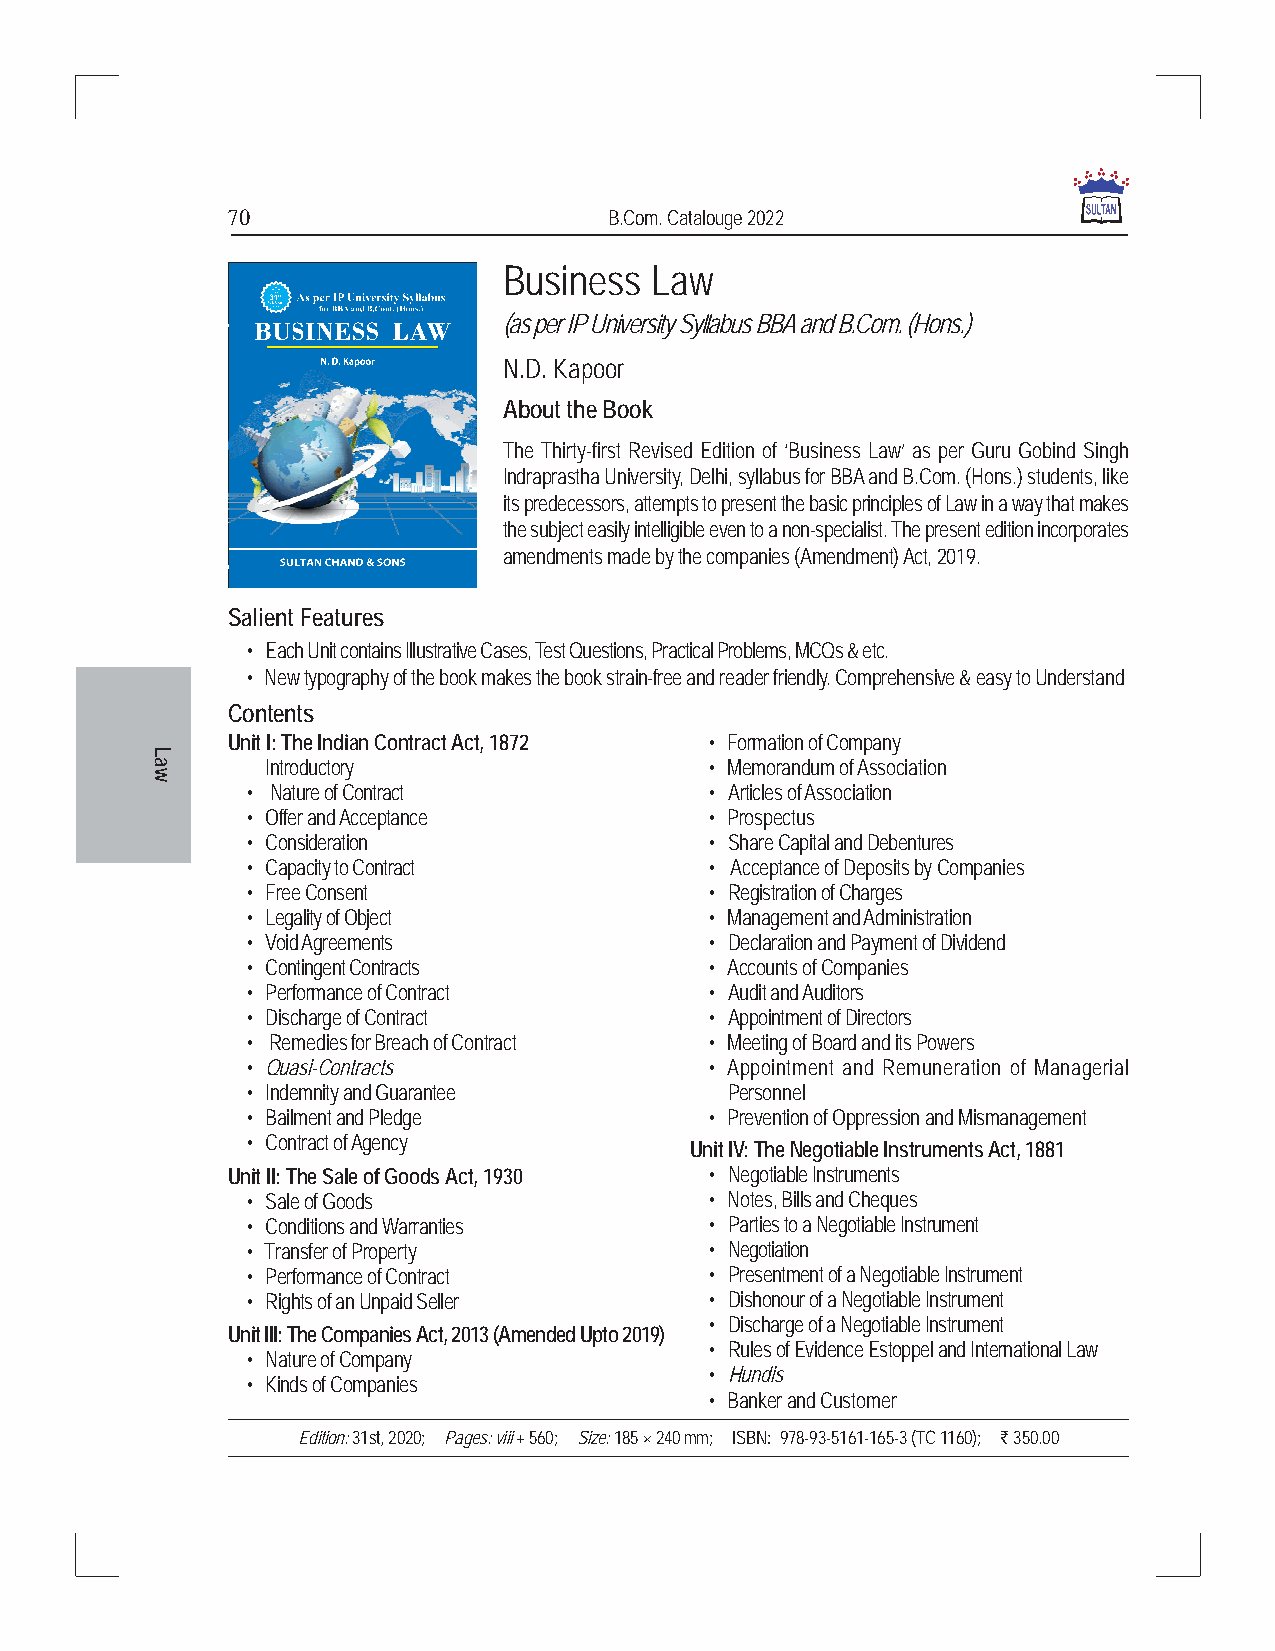
70                       B.Com. Catalouge 2022
 Business  Law
 (as per IP University Syllabus BBA and B.Com. (Hons.)
 N.D. Kapoor
 About the Book
 The Thirty-first Revised Edition of ‘Business Law’ as per Guru Gobind Singh
 Indraprastha University, Delhi, syllabus for BBA and B.Com. (Hons.) students, like
 its predecessors, attempts to present the basic principles of Law in a way that makes
 the subject easily intelligible even to a non-specialist. The present edition incorporates
 amendments made by the companies (Amendment) Act, 2019.
 Salient Features
 • Each Unit contains Illustrative Cases, Test Questions, Practical Problems, MCQs & etc.
 • New typography of the book makes the book strain-free and reader friendly. Comprehensive & easy to Understand
 Contents
 Unit I: The Indian Contract Act, 1872 • Formation of Company
 Introductory                 • Memorandum of Association
 • Nature of Contract           • Articles of Association
 • Offer and Acceptance         • Prospectus
 • Consideration                • Share Capital and Debentures
 • Capacity to Contract         • Acceptance of Deposits by Companies
 • Free Consent                 • Registration of Charges
 • Legality of Object           • Management and Administration
 • Void Agreements              • Declaration and Payment of Dividend
 • Contingent Contracts         • Accounts of Companies
 • Performance of Contract      • Audit and Auditors
 • Discharge of Contract        • Appointment of Directors
 • Remedies for Breach of Contract • Meeting of Board and its Powers
 • Quasi-Contracts              • Appointment and Remuneration of Managerial
 • Indemnity and Guarantee       Personnel
 • Bailment and Pledge          • Prevention of Oppression and Mismanagement
 • Contract of Agency
 Unit IV: The Negotiable Instruments Act, 1881
 Unit II: The Sale of Goods Act, 1930 • Negotiable Instruments
 • Sale of Goods                • Notes, Bills and Cheques
 • Conditions and Warranties    • Parties to a Negotiable Instrument
 • Transfer of Property         • Negotiation
 • Performance of Contract      • Presentment of a Negotiable Instrument
 • Rights of an Unpaid Seller   • Dishonour of a Negotiable Instrument
 • Discharge of a Negotiable Instrument
 Unit III: The Companies Act, 2013 (Amended Upto 2019)
 • Rules of Evidence Estoppel and International Law
 • Nature of Company
 • Hundis
 • Kinds of Companies
 • Banker and Customer
 Edition: 31st, 2020; Pages: viii + 560; Size: 185 × 240 mm; ISBN: 978-93-5161-165-3 (TC 1160); ` 350.00
 Law